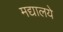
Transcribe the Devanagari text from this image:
मद्यालये